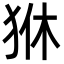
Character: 㹯